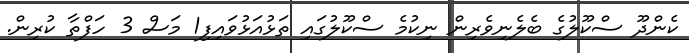
ކެންދޫ ސްކޫލުގެ ބެލެނިވެރިން ނިކުމެ ސްކޫލުގައި ތަޅުއަޅުވައިފި1 މަސް 3 ހަފްތާ ކުރިން.